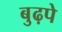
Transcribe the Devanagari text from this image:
बुढ़पे